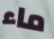
ماء